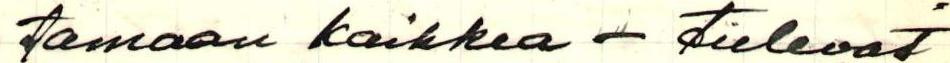
tamaan kaikkea - tulevat